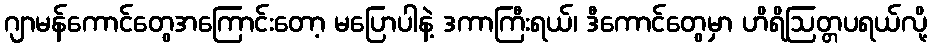
ဂျာမန်ကောင်တွေအကြောင်းတော့ မပြောပါနဲ့ ဒကာကြီးရယ်၊ ဒီကောင်တွေမှာ ဟိရိဩတ္တပရယ်လို့